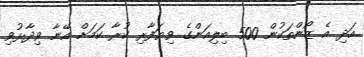
އަދި އެ ޒޯންތަކުން 500 ބިލިއަންގެ ވިޔަފާރި ކުރާ ކަމަށް އޭނާ ވިދާޅުވި